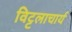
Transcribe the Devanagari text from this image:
विट्टलाचार्य